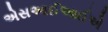
એસઆઈઆઈએ